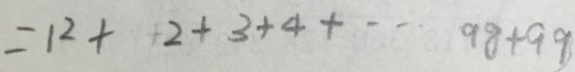
= 1 ^ { 2 } + 2 + 3 + 4 + \cdots 9 8 + 9 9